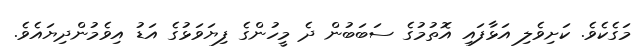
މަގެކެވެ. ކަށިވެލި އަޅާފައި އޮތުމުގެ ސަބަބުން ދެ މީހުންގެ ފިޔަވަޅުގެ އަޑު އިވެމުންދިޔައެވެ.